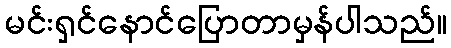
မင်းရှင်နောင်ပြောတာမှန်ပါသည်။